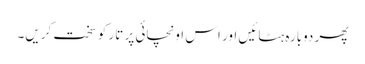
پھر دوبارہ ہٹائیں اور اس اونچائی پر تار کو سخت کریں۔